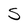
Character: S